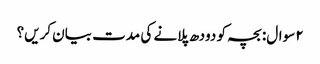
۲ سوال: بچہ کو دودھ پلانے کی مدت بیان کریں؟